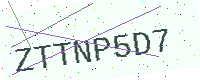
Text: ZTTNP5D7